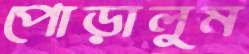
পোড়ালুম